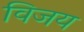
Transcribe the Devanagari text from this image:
विजय